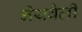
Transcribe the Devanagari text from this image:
नेयवेली